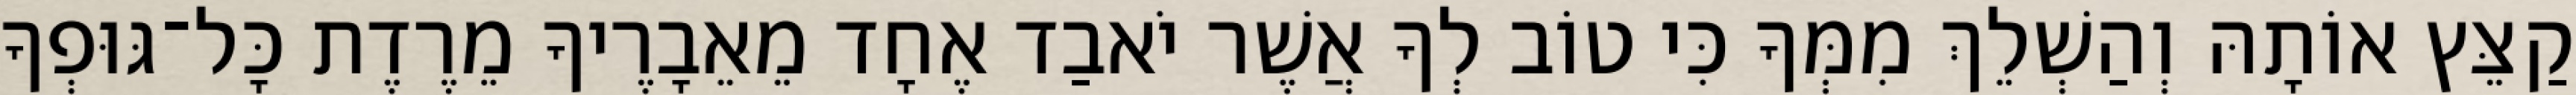
קַצֵּץ אוֹתָהּ וְהַשְׁלֵךְ מִמְּךָ כִּי טוֹב לְךָ אֲשֶׁר יֹאבַד אֶחָד מֵאֵבָרֶיךָ מֵרֶדֶת כָּל־גּוּפְךָ